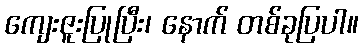
ကျေးဇူးပြုပြီး၊ နောက် တစ်ခုပြပါ။